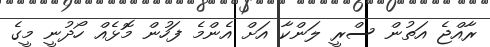
ރާއްޖެ އަތުން ސްރީ ލަންކާ އަށް އެންމެ ފަހުން މޮޅެއް ހޯދުނީ މީގެ